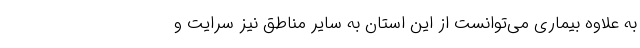
به علاوه بیماری می‌توانست از این استان به سایر مناطق نیز سرایت و